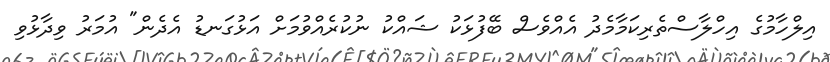
އިލްހާމުގެ އިހްލާސްތެރިކަމާމެދު އެއްވެސް ބޭފުޅަކު ޝައްކު ނުކުރެއްވުމަށް އަޅުގަނޑު އެދެން" އުމަރު ވިދާޅުވި